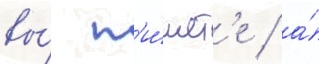
вы́ п'и́шет'е / а́